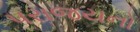
પરાજયનો